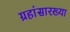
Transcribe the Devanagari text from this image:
ग्रहांसारख्या